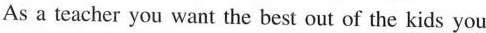
As a teacher you want the best out of the kids you